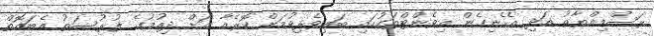
ރަސްމިއްޔާތު އަދި އެހެނިގެން އިވެންޓްތަކުގައި ބައިވެރިވުމަށް ކޮރެއާ އަށް ދިއުމުގެ ފުރުސަތު އެބައޮތް